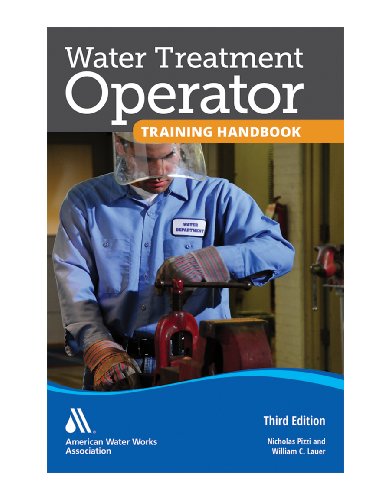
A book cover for Water Treatment Operator Training Handbook; Nicholas G. Pizzi; Science & Math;